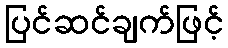
ပြင်ဆင်ချက်ဖြင့်